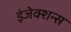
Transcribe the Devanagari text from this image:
इंजेक्शन्स